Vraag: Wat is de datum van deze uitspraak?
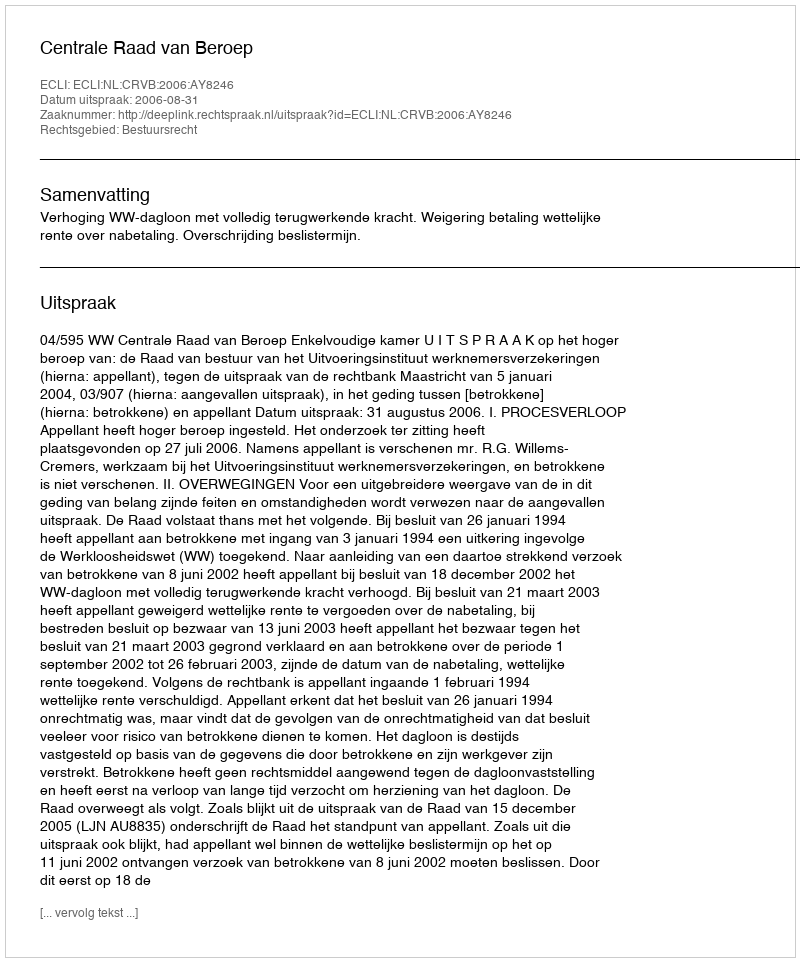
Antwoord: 2006-08-31